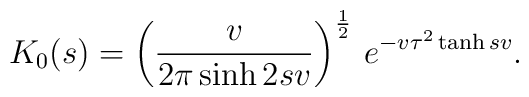
K_0(s) = \left( \frac{v}{2 \pi \sinh 2 s v}\right)^{\frac12}\, e^{- v \tau^2 \tanh s  v}.